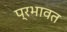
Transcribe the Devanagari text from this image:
प्रभावत